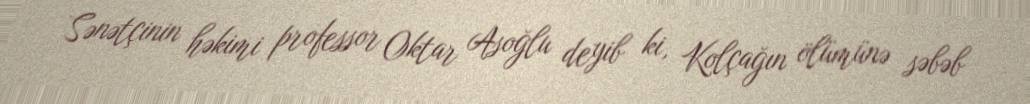
Sənətçinin həkimi professor Oktar Asoğlu deyib ki, Kolçağın ölümünə səbəb